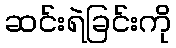
ဆင်းရဲခြင်းကို